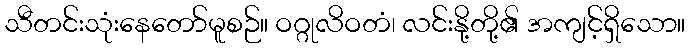
သီတင်းသုံးနေတော်မူစဉ်။ ဝဂ္ဂုလိဝတံ၊ လင်းနို့တို့၏ အကျင့်ရှိသော။